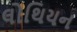
લોથિયન